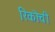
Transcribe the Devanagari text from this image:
रिकोची